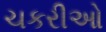
ચકરીઓ